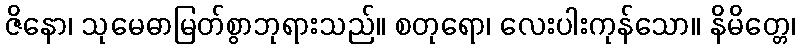
ဇိနော၊ သုမေဓာမြတ်စွာဘုရားသည်။ စတုရော၊ လေးပါးကုန်သော။ နိမိတ္တေ၊